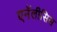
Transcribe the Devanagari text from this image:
एनॅलीसिस